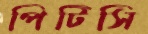
পিটিসি